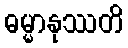
ဓမ္မာနုဿတိ